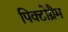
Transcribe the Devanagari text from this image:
पिक्टोग्रैम